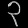
Digit: ၃